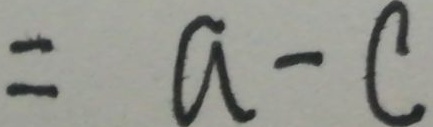
= a - c